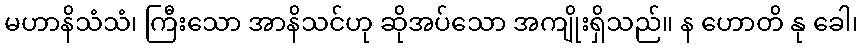
မဟာနိသံသံ၊ ကြီးသော အာနိသင်ဟု ဆိုအပ်သော အကျိုးရှိသည်။ န ဟောတိ နု ခေါ၊